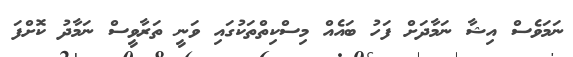
ނަމަވެސް އިޝާ ނަމާދަށް ފަހު ބައެއް މިސްކިތްތަކުގައި ވަނީ ތަރާވީސް ނަމާދު ކޮށްފަ